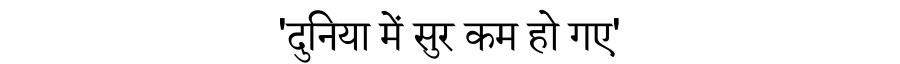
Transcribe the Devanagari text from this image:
'दुनिया में सुर कम हो गए'